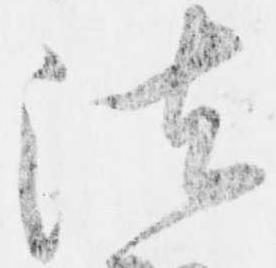
法